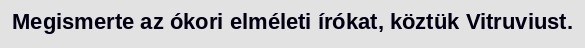
Megismerte az ókori elméleti írókat, köztük Vitruviust.